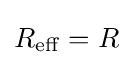
R_{\rm {eff}}=R